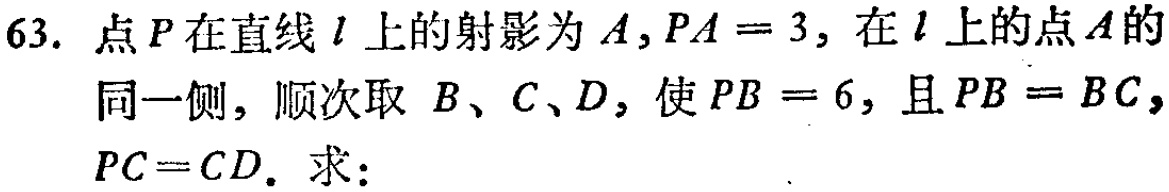
63. 点\(P\)在直线\(l\)上的射影为\(A\)，\(PA = 3\)，在\(l\)上的点\(A\)的同一侧，顺次取 \(B\)、\(C\)、\(D\)，使\(PB = 6\)，且\(PB = BC\)，\(PC = CD\)。求：